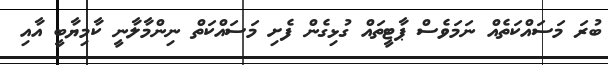
ބުރަ މަސައްކަތެއް ނަމަވެސް ޕާޓީތައް ގުޅިގެން ފެށި މަސައްކަތް ނިންމާލާނީ ކާމިޔާބީ އާއި